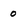
Character: 0